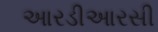
આરડીઆરસી